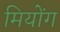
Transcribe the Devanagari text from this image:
मियोंग